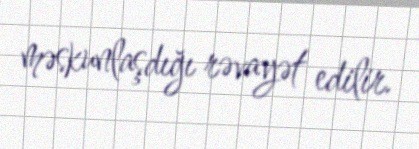
məskunlaşdığı rəvayət edilir.